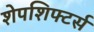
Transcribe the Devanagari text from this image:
शेपशिफ्टर्स